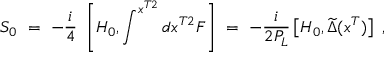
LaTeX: S _ { 0 } \ = \ - \frac { i } { 4 } \ \left[ H _ { 0 } , \int ^ { x ^ { T 2 } } d x ^ { T 2 } F \right] \ = \ - \frac { i } { 2 P _ { L } } \left[ H _ { 0 } , \widetilde \Delta ( x ^ { T } ) \right] \ ,